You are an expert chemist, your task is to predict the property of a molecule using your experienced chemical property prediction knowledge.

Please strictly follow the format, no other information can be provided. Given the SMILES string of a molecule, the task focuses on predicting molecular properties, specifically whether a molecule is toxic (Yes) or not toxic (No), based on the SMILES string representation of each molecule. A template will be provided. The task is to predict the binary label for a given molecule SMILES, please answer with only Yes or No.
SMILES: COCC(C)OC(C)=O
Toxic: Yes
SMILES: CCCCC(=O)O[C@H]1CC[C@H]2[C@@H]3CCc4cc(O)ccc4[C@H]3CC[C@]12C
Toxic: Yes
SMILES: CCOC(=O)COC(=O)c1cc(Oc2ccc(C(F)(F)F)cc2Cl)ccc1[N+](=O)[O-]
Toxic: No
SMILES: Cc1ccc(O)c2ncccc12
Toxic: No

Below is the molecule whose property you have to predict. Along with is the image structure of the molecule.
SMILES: CCCCCCCCC(=O)OCC(C)OC(=O)CCCCCCCC
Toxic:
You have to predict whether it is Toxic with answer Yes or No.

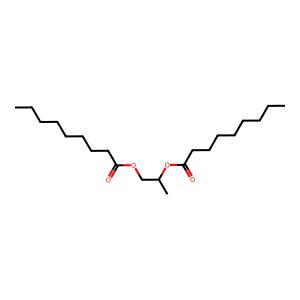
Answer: No